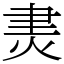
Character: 㶳